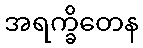
အရက္ခိတေန